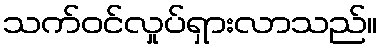
သက်ဝင်လှုပ်ရှားလာသည်။